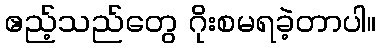
ဧည့်သည်တွေ ဂိုးစမရခဲ့တာပါ။